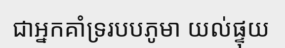
ជាអ្នកគាំទ្ររបបភូមា យល់ផ្ទុយ